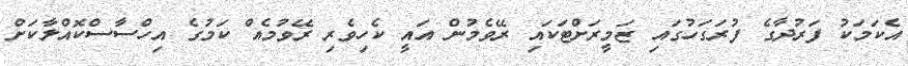
އެކަމަކު ފަރުދާގެ ފުރަގަހުގައި ޒަމީރަށްޓަކައި ރޭވެމުން އައީ ކެހިވެރި ރޭވުމެއް ކަމުގެ އިހްސާސްކޮއްލާކަށް